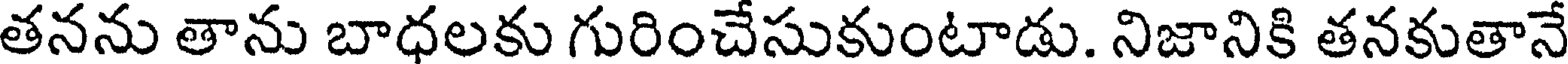
తనను తాను బాధలకు గురించేసుకుంటాడు. నిజానికి తనకుతానే